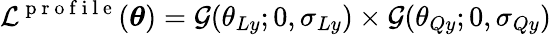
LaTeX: \mathcal{L}^{\mathrm{~p~r~o~f~i~l~e~}}(\boldsymbol{\theta})=\mathcal{G}(\theta_{Ly};0,\sigma_{Ly})\times\mathcal{G}(\theta_{Qy};0,\sigma_{Qy})